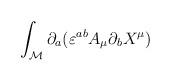
LaTeX: \begin{align*}\int _{\cal M}\partial _{a}(\varepsilon ^{ab}A_{\mu }\partial _{b}X^{\mu })\end{align*}